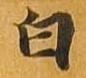
白